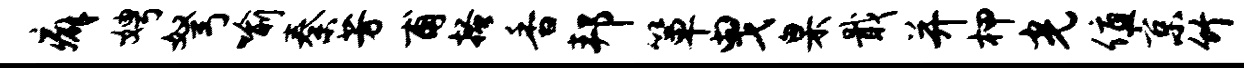
癖娉弩喻秦芳甫搔香邦箪曳臬戢并柙光值京竹